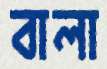
বালা